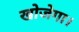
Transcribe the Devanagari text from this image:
खोजेगा।